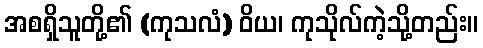
အစရှိသူတို့၏ (ကုသလံ) ဝိယ၊ ကုသိုလ်ကဲ့သို့တည်း။